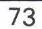
73